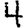
Digit: 4